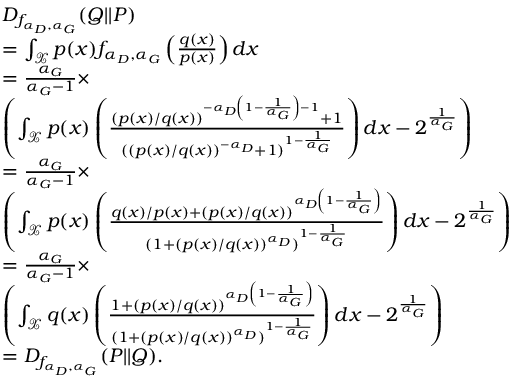
\begin{array} { r l } & { D _ { f _ { \alpha _ { D } , \alpha _ { G } } } ( Q | | P ) } \\ & { = \int _ { \mathcal { X } } p ( x ) f _ { \alpha _ { D } , \alpha _ { G } } \left( \frac { q ( x ) } { p ( x ) } \right) d x } \\ & { = \frac { \alpha _ { G } } { \alpha _ { G } - 1 } \times } \\ & { \left( \int _ { \mathcal { X } } p ( x ) \left( \frac { ( p ( x ) / q ( x ) ) ^ { - { \alpha _ { D } \left( 1 - \frac { 1 } { \alpha _ { G } } \right) } - 1 } + 1 } { ( ( p ( x ) / q ( x ) ) ^ { - \alpha _ { D } } + 1 ) ^ { 1 - \frac { 1 } { \alpha _ { G } } } } \right) d x - 2 ^ { \frac { 1 } { \alpha _ { G } } } \right) } \\ & { = \frac { \alpha _ { G } } { \alpha _ { G } - 1 } \times } \\ & { \left( \int _ { \mathcal { X } } p ( x ) \left( \frac { q ( x ) / p ( x ) + ( p ( x ) / q ( x ) ) ^ { \alpha _ { D } \left( 1 - \frac { 1 } { \alpha _ { G } } \right) } } { ( 1 + ( p ( x ) / q ( x ) ) ^ { \alpha _ { D } } ) ^ { 1 - \frac { 1 } { \alpha _ { G } } } } \right) d x - 2 ^ { \frac { 1 } { \alpha _ { G } } } \right) } \\ & { = \frac { \alpha _ { G } } { \alpha _ { G } - 1 } \times } \\ & { \left( \int _ { \mathcal { X } } q ( x ) \left( \frac { 1 + ( p ( x ) / q ( x ) ) ^ { \alpha _ { D } \left( 1 - \frac { 1 } { \alpha _ { G } } \right) } } { ( 1 + ( p ( x ) / q ( x ) ) ^ { \alpha _ { D } } ) ^ { 1 - \frac { 1 } { \alpha _ { G } } } } \right) d x - 2 ^ { \frac { 1 } { \alpha _ { G } } } \right) } \\ & { = D _ { f _ { \alpha _ { D } , \alpha _ { G } } } ( P | | Q ) . } \end{array}